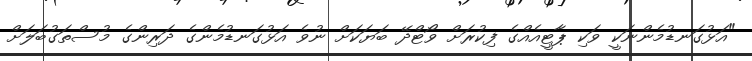
"އަޅުގަނޑުމެންނަކީ ވަކި ޕާޓީއެއްގެ ފިކުރަށް ވޯޓްދޭ ބަޔަކަށް ނުވެ އަޅުގަނޑުމެންގެ ދަރިންގެ މުސްތަގުބަލަށް